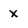
Character: x